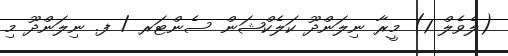
(ލެވެލް 1) މީރާ ނިލަންދޫ ކަލެކްޝަން ސެންޓަރ / ފ. ނިލަންދޫ މި